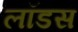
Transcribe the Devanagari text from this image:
लॉडस